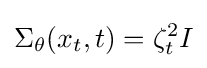
\Sigma _{\theta }(x_{t},t)=\zeta _{t}^{2}I